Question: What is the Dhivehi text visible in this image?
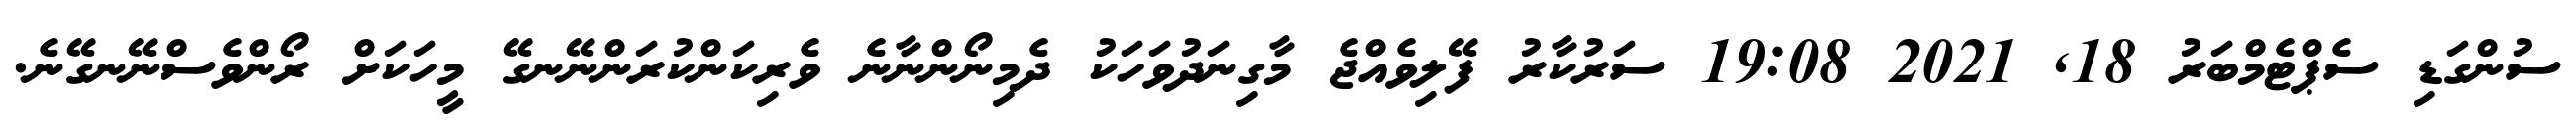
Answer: ސުންގަޑި ސެޕްޓެމްބަރު 18, 2021 19:08 ސަރުކާރު ފޭލިވެއްޖެ މާގިނަދުވަހަކު ދެމިނޯންނާނެ ވެރިކަންކުރަންނޭނގޭ މީހަކަށް ރޯންވެސްނޭނގޭނެ.